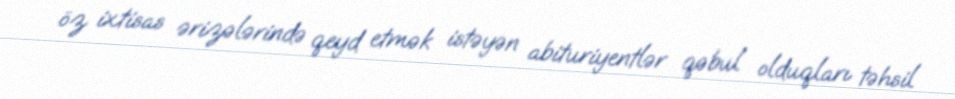
öz ixtisas ərizələrində qeyd etmək istəyən abituriyentlər qəbul olduqları təhsil